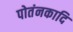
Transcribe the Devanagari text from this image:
पोतंनकादि